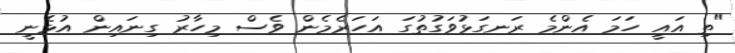
"ތި އައީ ހަމަ އެންމެ ރަނގަޅުވަގުތުގަ އަހަރެމެން ވެސް މިހާރު ގިނައިން އުޅެނީ